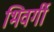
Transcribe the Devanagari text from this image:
भिवर्गी